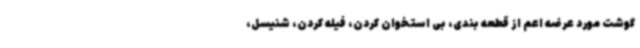
گوشت مورد عرضه اعم از قطعه بندی، بی استخوان کردن، فیله کردن، شنیسل،